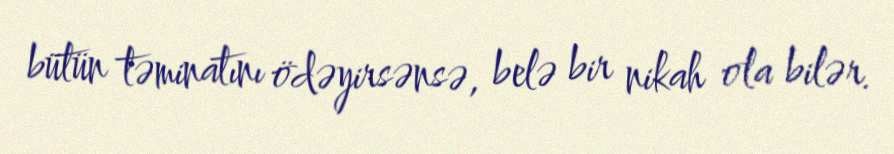
bütün təminatını ödəyirsənsə, belə bir nikah ola bilər.